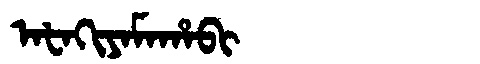
Manchu: ᠠᡶᠠᡴᡳᠶᠠᠮᠠᡥᠠᠪᡳ
Romanization: AFAKIYAMAHABI